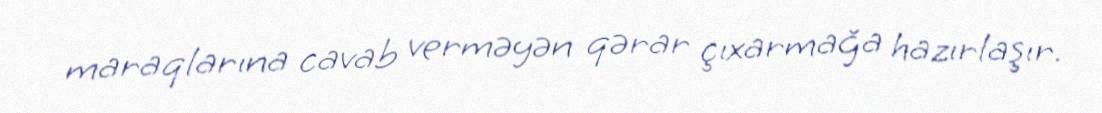
maraqlarına cavab verməyən qərar çıxarmağa hazırlaşır.